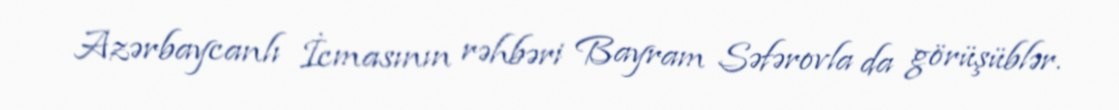
Azərbaycanlı İcmasının rəhbəri Bayram Səfərovla da görüşüblər.